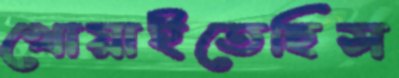
খোয়াইতেছিস